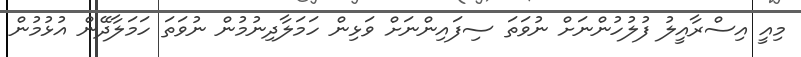
މިއީ އިސްރާއީލު ފުލުހުންނަށް ނުވަތަ ސިފައިންނަށް ވަޅިން ހަމަލާދިނުމުން ނުވަތަ ހަމަލާދޭން އުޅުމުން